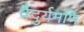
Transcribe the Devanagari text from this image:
वैदुर्यमणि